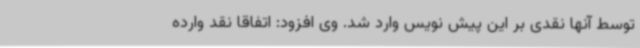
توسط آنها نقدی بر این پیش نویس وارد شد. وی افزود: اتفاقا نقد وارده